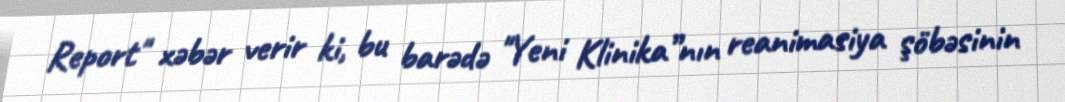
Report" xəbər verir ki, bu barədə "Yeni Klinika”nın reanimasiya şöbəsinin